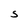
Character: S